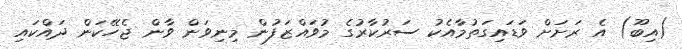
(އިބޫ) އެ ރަށަށް ވަޑައިގަތުމާއެކު ސަރުކާރުގެ މުވައްޒަފުން މިނިވަން ވާން ޖެހޭކަން ދައްކައި